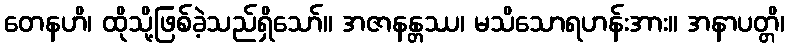
တေနဟိ၊ ထိုသို့ဖြစ်ခဲ့သည်ရှိသော်။ အဇာနန္တဿ၊ မသိသောရဟန်းအား။ အနာပတ္တိ၊